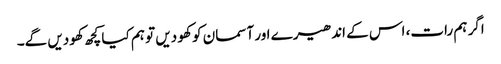
اگر ہم رات، اس کے اندھیرے اور آسمان کو کھو دیں تو ہم کیا کچھ کھودیں گے۔